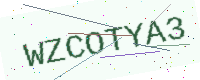
Text: WZCOTYA3